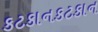
કટકાનકટકાન